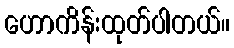
ဟောကိန်းထုတ်ပါတယ်။